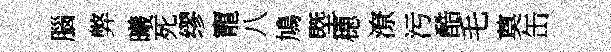
腦弊曦死缪寵八鳩塈穂潦污酷毛奠缶